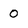
Character: 0